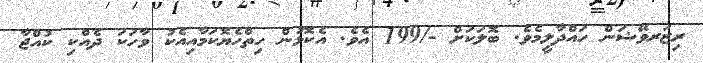
ރިޒަރވޭޝަން ހައްދާލީމެވެ. ބޮލަކަށް -/199 އެވެ. އެކޮޅުން ހިތްހެޔޮކަމާއިއެކު ވާހަކަ ދެއްކި ކުއްޖާ